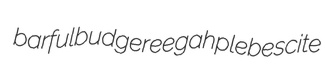
barful budgereegah plebescite